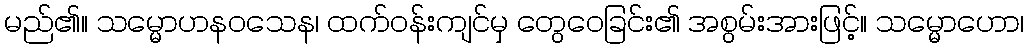
မည်၏။ သမ္မောဟနဝသေန၊ ထက်ဝန်းကျင်မှ တွေဝေခြင်း၏ အစွမ်းအားဖြင့်။ သမ္မောဟော၊